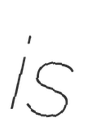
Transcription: is